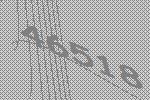
46518